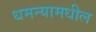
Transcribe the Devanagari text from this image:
धमन्यामधील